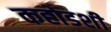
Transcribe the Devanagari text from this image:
कहोडशी